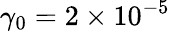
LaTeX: \gamma_{0}=2\times 10^{-5}